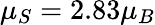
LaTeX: \mu_{S}=2.83\mu_{B}